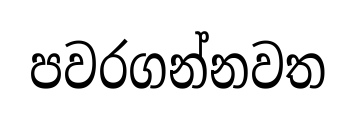
පවරගන්නවත